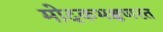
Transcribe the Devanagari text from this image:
मोदकभक्षणरत